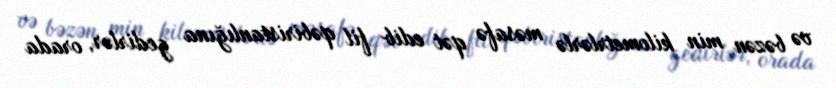
və bəzən min kilometrlərlə məsafə qət edib fil qəbiristanlığına gedirlər, orada